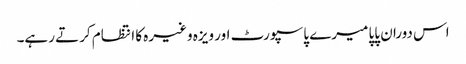
اس دوران پاپا میرے پاسپورٹ اور ویزہ وغیرہ کا انتظام کرتے رہے۔